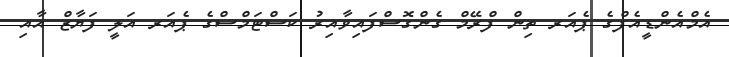
އެމްއެންޑީއެފްގެ ޕެއަރ ތިން ފްރޭމް ގެންގޮސްފައިވާއިރު ކަސްޓަމްސްގެ ޕެއަރ އަލީ ފަޔާޒް އާއި